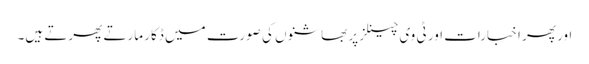
اور پھر اخبارات اور ٹی وی چینلز پر بھاشنوں کی صورت میں ڈکار مارتے پھرتے ہیں۔